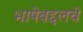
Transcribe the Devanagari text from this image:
भाषेबद्दलचे